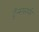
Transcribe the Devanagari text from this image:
ट्रॅन्स्फ़ार्मर